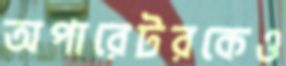
অপারেটরকেও